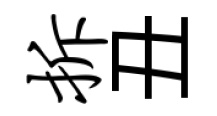
拆丑